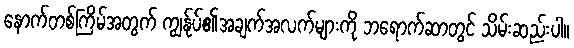
နောက်တစ်ကြိမ်အတွက် ကျွန်ုပ်၏အချက်အလက်များကို ဘရောက်ဆာတွင် သိမ်းဆည်းပါ။